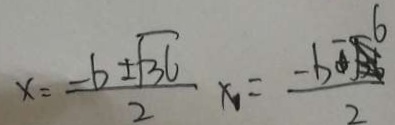
x = \frac { - b \pm \sqrt { 3 } 6 } { 2 } x _ { 1 } = \frac { - b - 6 } { 2 }